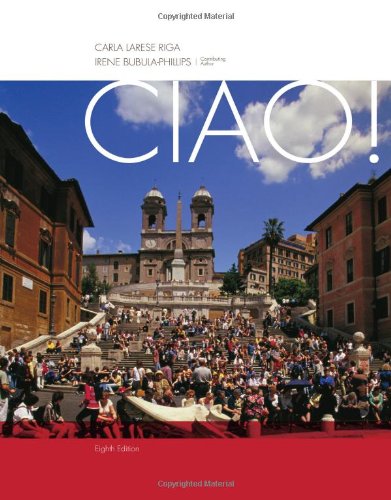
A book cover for Ciao!; Carla Larese Riga; Reference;